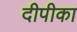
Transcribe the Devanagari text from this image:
दीपीका